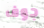
جوف